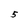
Character: 5